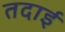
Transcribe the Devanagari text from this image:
तदाई